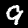
Label: 9